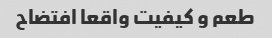
طعم و کیفیت واقعا افتضاح